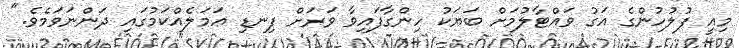
މިއީ ފުލުހުންގެ އަގު ވައްޓާލުމަށް ބަޔަކު ހިންގާފައިވާ ވަރަށް ފިނޑި ޢަމަލެއްކަމުގައި ދަންނަވަމެވެ."